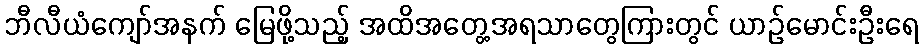
ဘီလီယံကျော်အနက် မြေဖို့သည့် အထိအတွေ့အရသာတွေကြားတွင် ယာဉ်မောင်းဦးရေ